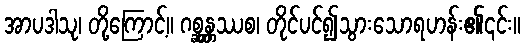
အာပဒါသု၊ တို့ကြောင့်။ ဂစ္ဆန္တ္တဿစ၊ တိုင်ပင်၍သွားသောရဟန်း၏၎င်း။